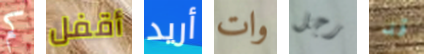
كم أقفل أريد وات رجل قد